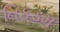
તિકડમ